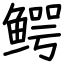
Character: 鳄